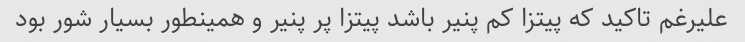
علیرغم تاکید که پیتزا کم پنیر باشد پیتزا پر پنیر و همینطور بسیار شور بود